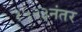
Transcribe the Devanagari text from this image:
१५२३नंतर